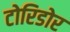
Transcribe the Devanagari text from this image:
टोरिडोर